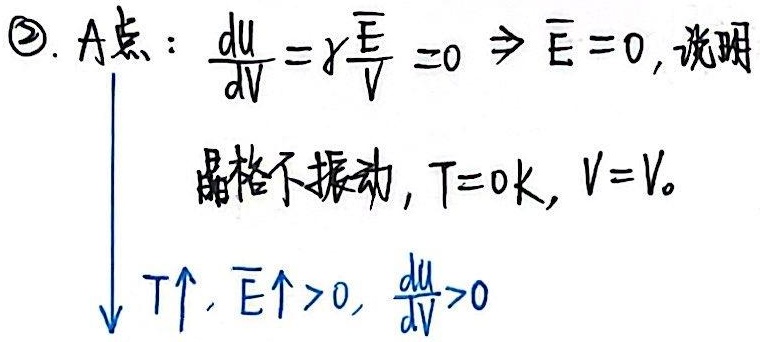
2. A点：$\frac{\mathrm{d}U}{\mathrm{d}V}=\gamma\frac{\overline{E}}{V}=0\Rightarrow\overline{E}=0$，说明晶格不振动，$T = 0\text{K}, V = V_0$。
\[
\begin{matrix}
\text{$T\uparrow, \overline{E}\uparrow>0, \frac{\mathrm{d}U}{\mathrm{d}V}>0$}
\end{matrix}
\]